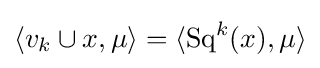
\langle v_{k}\cup x,\mu \rangle =\langle \operatorname {Sq} ^{k}(x),\mu \rangle